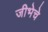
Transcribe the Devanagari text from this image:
जीभेचे